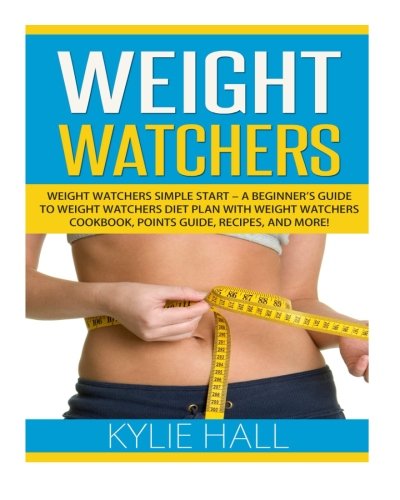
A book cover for Weight Watchers: Weight Watchers Simple Start - A Beginner's Guide to Weight Watchers Diet Plan with Weight Watchers Cookbook, Points Guide, Recipes, And More! (Weight Watchers Guide); Kylie Hall; Health, Fitness & Dieting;